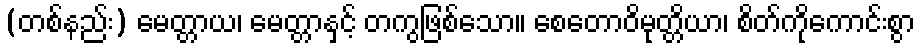
(တစ်နည်း) မေတ္တာယ၊ မေတ္တာနှင့် တကွဖြစ်သော။ စေတောဝိမုတ္တိယာ၊ စိတ်ကိုကောင်းစွာ